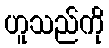
ဟူသည်ကို